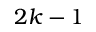
2 k - 1